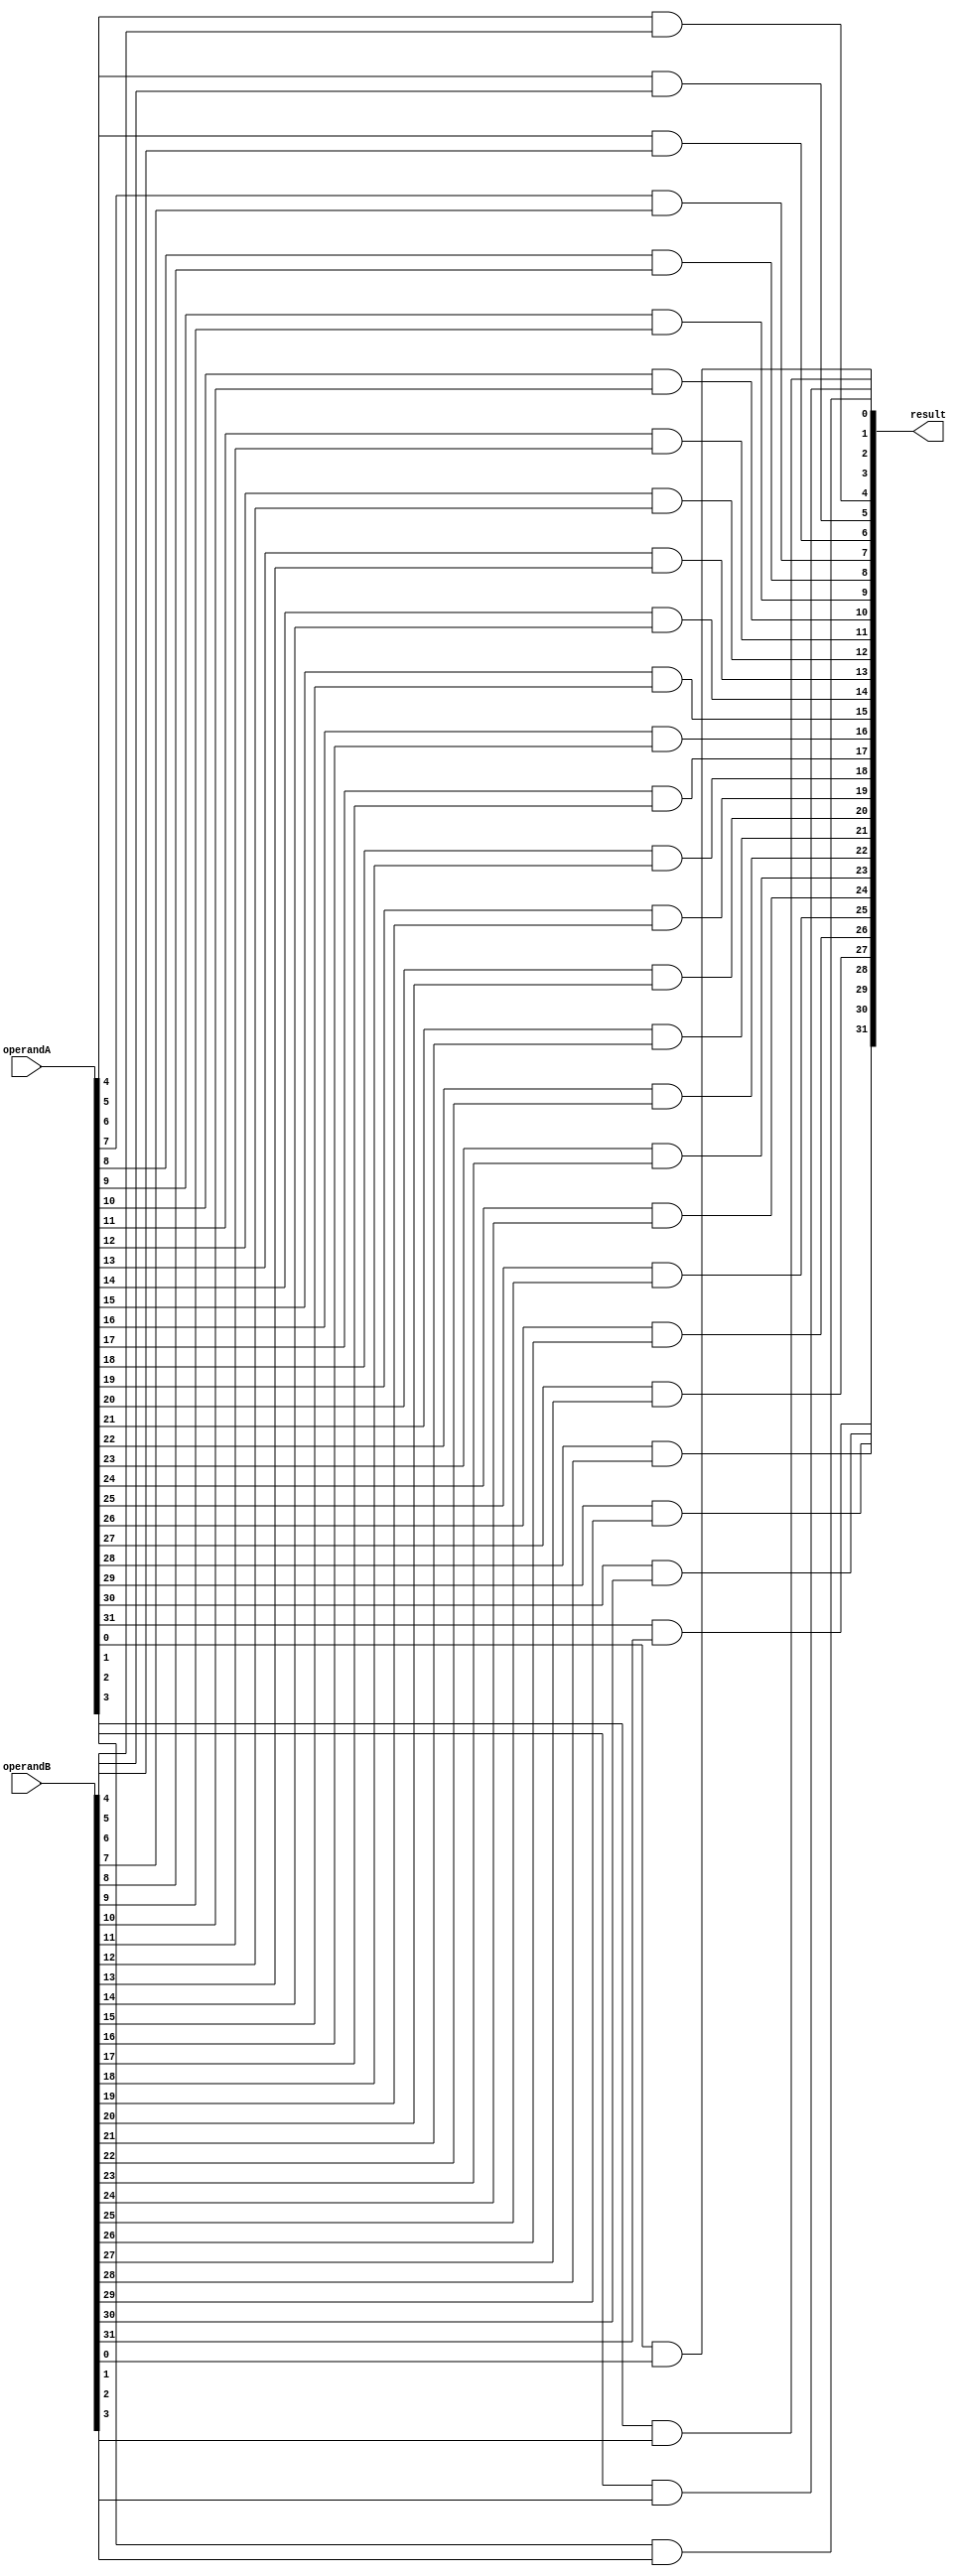
module and_bit(result, operandA, operandB);

    input [31:0] operandA, operandB;
    output [31:0] result;

    and AND0(result[0], operandA[0], operandB[0]);
    and AND1(result[1], operandA[1], operandB[1]);
    and AND2(result[2], operandA[2], operandB[2]);
    and AND3(result[3], operandA[3], operandB[3]);
    and AND4(result[4], operandA[4], operandB[4]);
    and AND5(result[5], operandA[5], operandB[5]);
    and AND6(result[6], operandA[6], operandB[6]);
    and AND7(result[7], operandA[7], operandB[7]);
    and AND8(result[8], operandA[8], operandB[8]);
    and AND9(result[9], operandA[9], operandB[9]);
    and AND10(result[10], operandA[10], operandB[10]);
    and AND11(result[11], operandA[11], operandB[11]);
    and AND12(result[12], operandA[12], operandB[12]);
    and AND13(result[13], operandA[13], operandB[13]);
    and AND14(result[14], operandA[14], operandB[14]);
    and AND15(result[15], operandA[15], operandB[15]);
    and AND16(result[16], operandA[16], operandB[16]);
    and AND17(result[17], operandA[17], operandB[17]);
    and AND18(result[18], operandA[18], operandB[18]);
    and AND19(result[19], operandA[19], operandB[19]);
    and AND20(result[20], operandA[20], operandB[20]);
    and AND21(result[21], operandA[21], operandB[21]);
    and AND22(result[22], operandA[22], operandB[22]);
    and AND23(result[23], operandA[23], operandB[23]);
    and AND24(result[24], operandA[24], operandB[24]);
    and AND25(result[25], operandA[25], operandB[25]);
    and AND26(result[26], operandA[26], operandB[26]);
    and AND27(result[27], operandA[27], operandB[27]);
    and AND28(result[28], operandA[28], operandB[28]);
    and AND29(result[29], operandA[29], operandB[29]);
    and AND30(result[30], operandA[30], operandB[30]);
    and AND31(result[31], operandA[31], operandB[31]);

endmodule